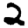
Digit: 2